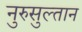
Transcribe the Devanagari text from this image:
नुरुसुल्तान